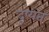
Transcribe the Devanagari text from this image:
दुष्यत